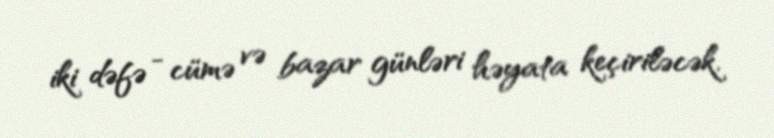
iki dəfə - cümə və bazar günləri həyata keçiriləcək.